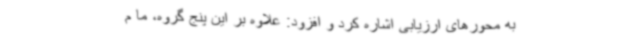
به محورهای ارزیابی اشاره کرد و افزود: علاوه بر این پنج گروه، ما م